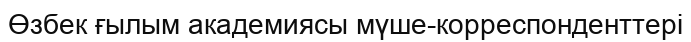
Өзбек ғылым академиясы мүше-корреспонденттері